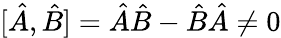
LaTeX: [\hat{A},\hat{B}]=\hat{A}\hat{B}-\hat{B}\hat{A}\neq 0